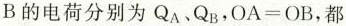
B的电荷分别为Q_{a} 、Q_{b} ，$$ O A = O B$$，都